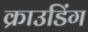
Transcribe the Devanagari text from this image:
क्राउडिंग